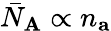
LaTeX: \bar{N}_{\mathbf{A}}\propto n_{\mathbf{a}}